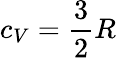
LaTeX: c_{V}={\frac{3}{2}}R